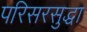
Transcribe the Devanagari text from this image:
परिसरसुद्धा